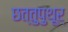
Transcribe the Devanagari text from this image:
छत्तुपुथूर्